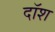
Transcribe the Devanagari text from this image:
दॉश